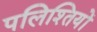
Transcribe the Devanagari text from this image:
पलिश्तियों